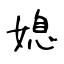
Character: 媳